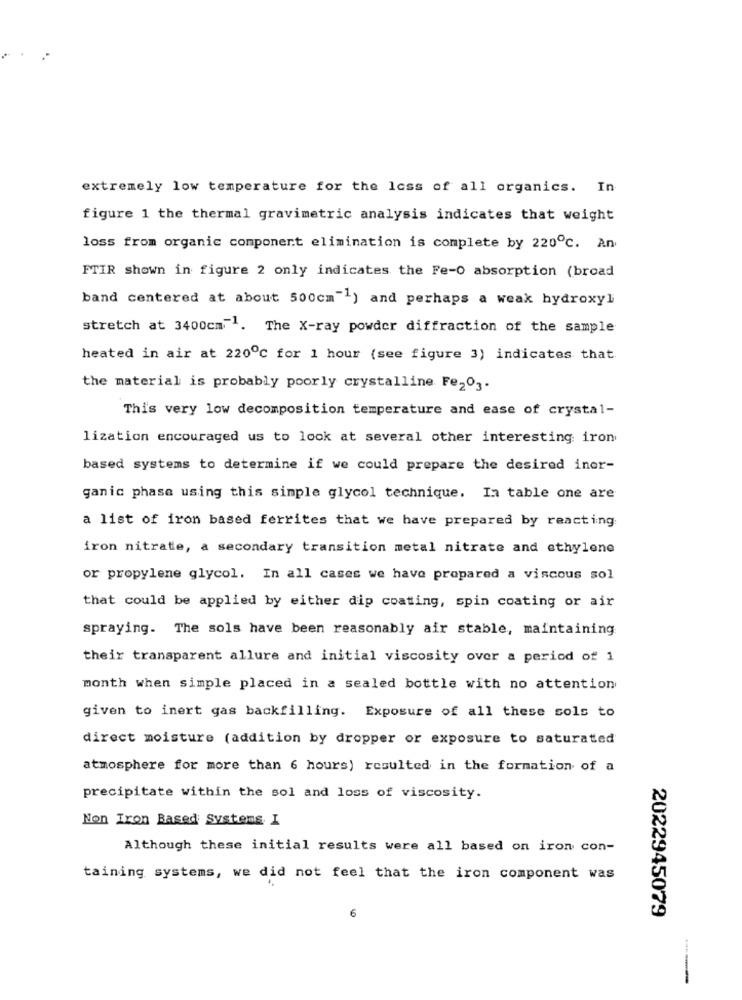
extremely low temperature for the loss of all organics. In
figure 1 the thermal gravimetric analysis indicates that weight
loss from organic component elimination is complete by 220℃. An
FTIR shown in figure 2 only indicates the Fe-O absorption (broad
band centered at about 500cm"") and perhaps a weak hydroxyl
stretch at 3400cm . The X-ray powder diffraction of the sample
heated in air at 220℃ for 1 hour (see figure 3) indicates that
the material is probably poorly crystalline Fe203.
This very low decomposition temperature and ease of crystal-
lization encouraged us to look at several other interesting iron
based systems to determine if we could prepare the desired inor-
ganic phase using this simple glycol technique. In table one are
a list of iron based ferrites that we have prepared by reacting
iron nitrate, a secondary transition metal nitrate and ethylene
or propylene glycol. In all cases we have prepared a viscous sol
that could be applied by either dip coating, spin coating or air
spraying. The sols have been reasonably air stable, maintaining
their transparent allure and initial viscosity over a period of 1
month when simple placed in a sealed bottle with no attention
given to inert gas backfilling. Exposure of all these sols to
direct moisture (addition by dropper or exposure to saturated
atmosphere for more than 6 hours) resulted in the formation of a
precipitate within the sol and loss of viscosity.
Non Iron Based Systems I
Although these initial results were all based on iron con-
taining systems, we did not feel that the iron component was
2022945079
6
-----